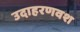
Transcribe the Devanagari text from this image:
उदाहरणवश